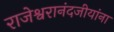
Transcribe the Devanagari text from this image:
राजेश्वरानंदजीयांना